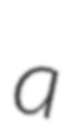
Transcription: a